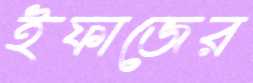
ইফাজের